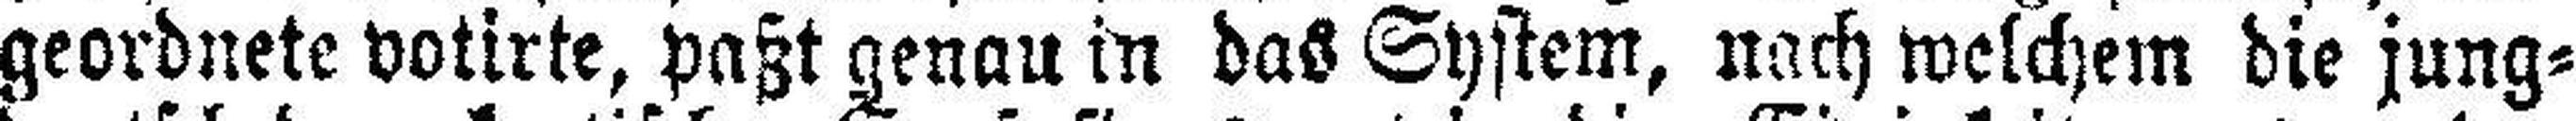
geordnete votirte, paßt genau in das System, nach welchem die jung¬